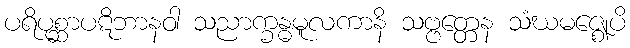
ပရိပုစ္ဆာပဋိဘာနဝါ သညာက္ခန္ဓမူလကာနိ သဗ္ဗတ္တေန သံဃမဇ္ဈေပိ